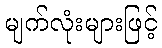
မျက်လုံးများဖြင့်